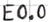
Text: E0.0